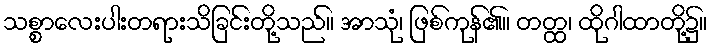
သစ္စာလေးပါးတရားသိခြင်းတို့သည်။ အာသုံ၊ ဖြစ်ကုန်၏။ တတ္ထ၊ ထိုဂါထာတို့၌။